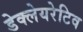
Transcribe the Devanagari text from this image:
डेक्लेयरेटिव